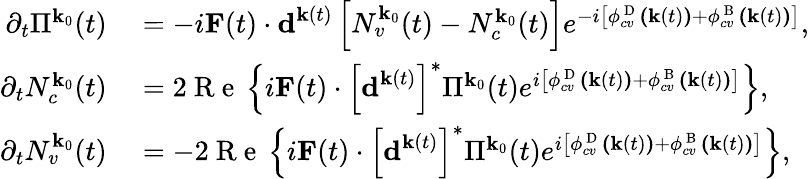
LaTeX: \begin{array}{rl}{\partial_{t}\Pi^{\textbf{k}_{0}}(t)}&{{}=-i\textbf{F}(t)\cdot\textbf{d}^{\textbf{k}(t)}\left[N_{v}^{\textbf{k}_{0}}(t)-N_{c}^{\textbf{k}_{0}}(t)\right]e^{-i\left[\phi_{cv}^{\mathrm{~D~}}\textbf{(}\textbf{k}(t)\textbf{)}+\phi_{cv}^{\mathrm{~B~}}\textbf{(}\textbf{k}(t)\textbf{)}\right]},}\\ {\partial_{t}N_{c}^{\textbf{k}_{0}}(t)}&{{}=2\mathrm{~R~e~}\left\{ i\textbf{F}(t)\cdot\left[\textbf{d}^{\textbf{k}(t)}\right]^{*}\Pi^{\textbf{k}_{0}}(t)e^{i\left[\phi_{cv}^{\mathrm{~D~}}\textbf{(}\textbf{k}(t)\textbf{)}+\phi_{cv}^{\mathrm{~B~}}\textbf{(}\textbf{k}(t)\textbf{)}\right]}\right\} ,}\\ {\partial_{t}N_{v}^{\textbf{k}_{0}}(t)}&{{}=-2\mathrm{~R~e~}\left\{ i\textbf{F}(t)\cdot\left[\textbf{d}^{\textbf{k}(t)}\right]^{*}\Pi^{\textbf{k}_{0}}(t)e^{i\left[\phi_{cv}^{\mathrm{~D~}}\textbf{(}\textbf{k}(t)\textbf{)}+\phi_{cv}^{\mathrm{~B~}}\textbf{(}\textbf{k}(t)\textbf{)}\right]}\right\} ,}\end{array}